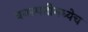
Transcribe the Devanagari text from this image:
वनस्पतीमध्येच